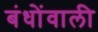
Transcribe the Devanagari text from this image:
बंधोंवाली